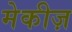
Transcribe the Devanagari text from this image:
मेकीज़